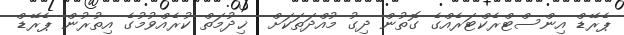
ޕެރޭޑް އިންސްޓްރެކްޓަރެއްގެ ގޮތުން ދިގު މުއްދަތަކަށް  ޚިދުމަތް ކުރެއްވުމުގެ އިތުރުން ޕެރޭޑް